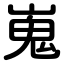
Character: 嵬